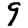
Digit: 9